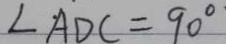
\angle A D C = 9 0 ^ { \circ }